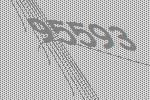
95593